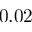
0 . 0 2